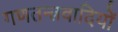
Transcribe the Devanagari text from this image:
गणतन्त्रवादियों